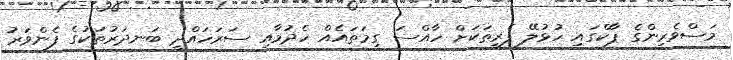
މަސްވެރިންގެ ޕާކްގައި ހުޅުލޭ ފެރީތަކަށް ހާއްސަ ގިމަތައެއް ހެދުމާއި ސަރަހައްދީ ބަނދަރުތަކުގެ ފެންވަރު